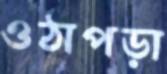
ওঠাপড়া